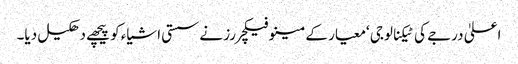
اعلیٰ درجے کی ٹیکنالوجی ‘معیار کے مینوفیکچررز نے سستی اشیاء کو پیچھے دھکیل دیا۔